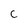
Character: c